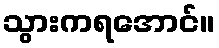
သွားကရအောင်။